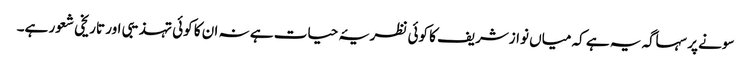
سونے پر سہاگہ یہ ہے کہ میاں نوازشریف کا کوئی نظریۂ حیات ہے نہ ان کا کوئی تہذیبی اور تاریخی شعور ہے۔